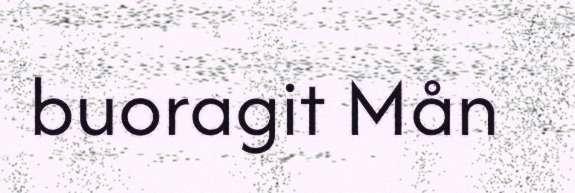
buoragit Mån